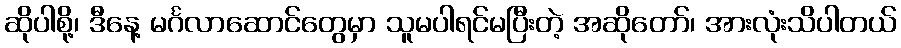
ဆိုပါစို့၊ ဒီနေ့ မင်္ဂလာဆောင်တွေမှာ သူမပါရင်မပြီးတဲ့ အဆိုတော်၊ အားလုံးသိပါတယ်